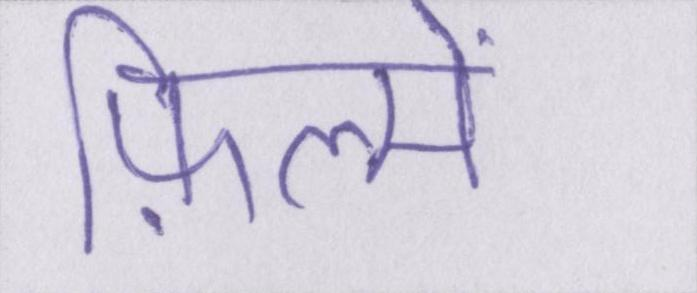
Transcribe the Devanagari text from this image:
फ़िल्में